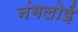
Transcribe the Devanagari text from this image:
नंगलोई